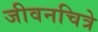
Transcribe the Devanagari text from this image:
जीवनचित्रे